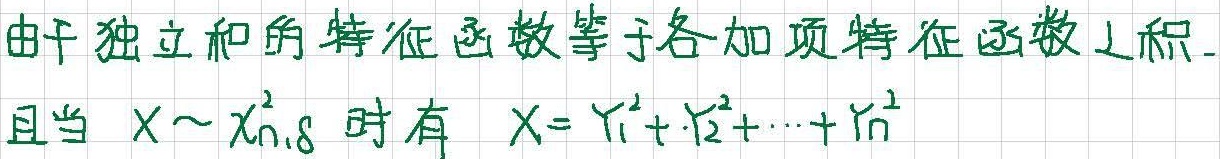
由于独立和的特征函数等于各加项特征函数之积.且当 $X\sim \chi_{n,\delta}^{2}$ 时有 $X = Y_{1}^{2}+Y_{2}^{2}+\cdots+Y_{n}^{2}$